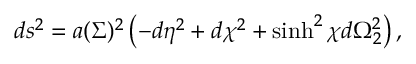
d s ^ { 2 } = a ( \Sigma ) ^ { 2 } \left( - d \eta ^ { 2 } + d \chi ^ { 2 } + \sinh ^ { 2 } \chi d \Omega _ { 2 } ^ { 2 } \right) ,